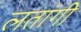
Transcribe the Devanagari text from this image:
लतांगी